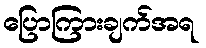
ပြောကြားချက်အရ